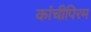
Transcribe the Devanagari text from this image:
कांचीपिरम